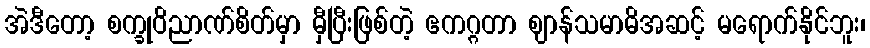
အဲဒီတော့ စက္ခုဝိညာဏ်စိတ်မှာ မှီပြီးဖြစ်တဲ့ ဧကဂ္ဂတာ ဈာန်သမာဓိအဆင့် မရောက်နိုင်ဘူး၊